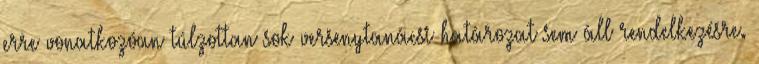
erre vonatkozóan túlzottan sok versenytanácsi határozat sem áll rendelkezésre.